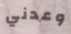
وعدني